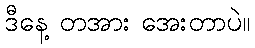
ဒီနေ့ တအား အေးတာပဲ။